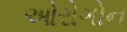
ઓરોગોન